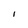
Character: I